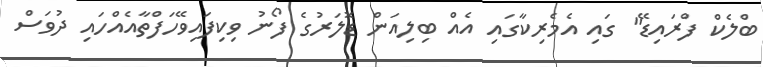
ބްލެކް ފްރައިޑޭ" ގައި އެމެރިކާގައި އެއް ބިލިއަން ޑޮލަރުގެ ފޯނު ވިކިފައިވޭހަފްތާއެއްހައި ދުވަސް